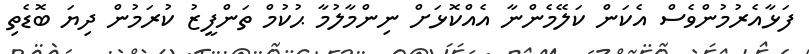
ފަޅާއެރުމުންވެސް އެކަން ކަލޭމެންނާ އެއްކޮޅަށް ނިންމާލުމާ ޙުކުމް ތަންފީޒު ކުރަމުން ދިޔަ ބޮޑެތި